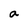
Character: a